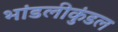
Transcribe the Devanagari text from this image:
भांडलीकुंडल